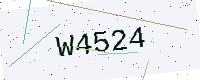
Text: W4524